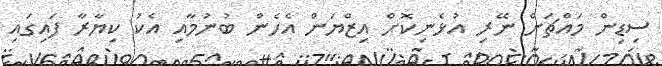
ސިޑިން މައްޗަށް ނޭރި އުޅެނިކޮށް އިޒްޔަން އެހެން ބުނުމާއި އެކު ކިޔާރާ ފައިގައި